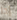
إذا